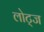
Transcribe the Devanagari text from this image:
लोट्ज